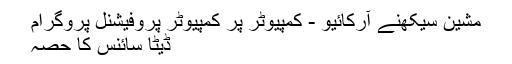
مشین سیکھنے آرکائیو - کمپیوٹر پر کمپیوٹر پروفیشنل پروگرام
ڈیٹا سائنس کا حصہ